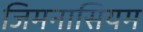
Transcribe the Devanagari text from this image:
जिमनासियम